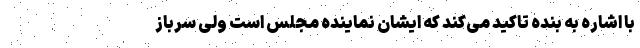
با اشاره به بنده تاکید می‌کند که ایشان نماینده مجلس است ولی سرباز